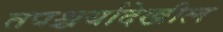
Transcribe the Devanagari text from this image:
तपश्चर्यादेखील